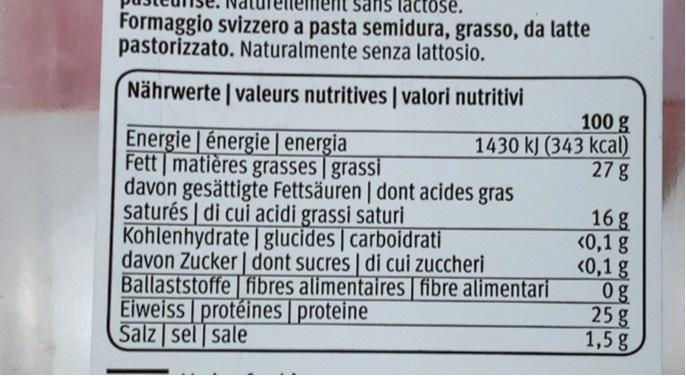
sans lactose. Formaggio svizzero a pasta semidura, grasso, da latte pastorizzato. Naturalmente senza lattosio.
Nährwerte | valeurs nutritives | valori nutritivi
100 g
1430 kJ (343 kcal) 27g
Energie | énergie | energia Fett matières grasses | grassi davon gesättigte Fettsäuren | dont acides gras saturés | di cui acidi grassi saturi Kohlenhydrate | glucides | carboidrati davon Zucker | dont sucres | di cui zuccheri Ballaststoffe fibres alimentaires fibre alimentari Eiweiss protéines | proteine Salz sel sale
16 g <0,1 g <0,1 g 0g 25 g 1,5 g